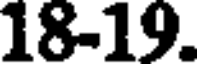
18-19.